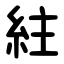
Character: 紸